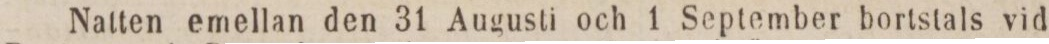
Natten emellan den 31 Augusti och 1 September bortstals vid